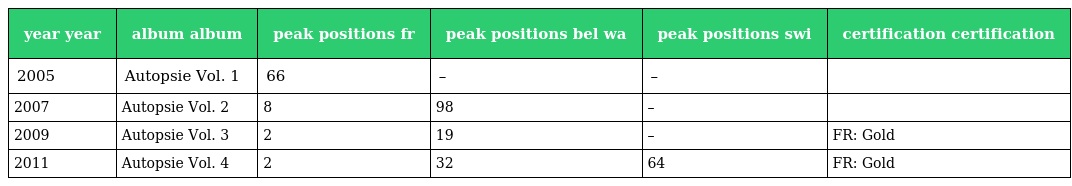
| year year | album album | peak positions fr | peak positions bel wa | peak positions swi | certification certification |
 | --- | --- | --- | --- | --- | --- |
 | 2005 | Autopsie Vol. 1 | 66 | – | – |  |
 | 2007 | Autopsie Vol. 2 | 8 | 98 | – |  |
 | 2009 | Autopsie Vol. 3 | 2 | 19 | – | FR: Gold |
 | 2011 | Autopsie Vol. 4 | 2 | 32 | 64 | FR: Gold |